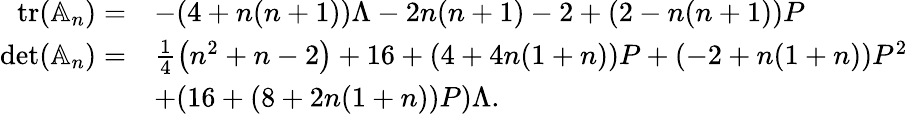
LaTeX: \begin{array}{rl}{\operatorname{tr}(\mathbb A_{n})=}&{-(4+n(n+1))\Lambda-2n(n+1)-2+(2-n(n+1))P}\\ {\operatorname*{det}(\mathbb A_{n})=}&{\frac{1}{4}\left(n^{2}+n-2\right)+16+(4+4n(1+n))P+(-2+n(1+n))P^{2}}\\ &{+(16+(8+2n(1+n))P)\Lambda.}\end{array}